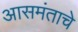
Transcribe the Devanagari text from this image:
आसमंताचे